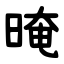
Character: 晻